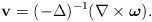
\begin{align*}\mathbf{v} = (-\Delta)^{-1} (\nabla \times \boldsymbol{\omega}).\end{align*}